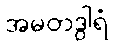
အမတဒွါရံ